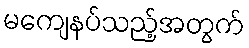
မကျေနပ်သည့်အတွက်